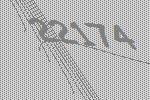
22174